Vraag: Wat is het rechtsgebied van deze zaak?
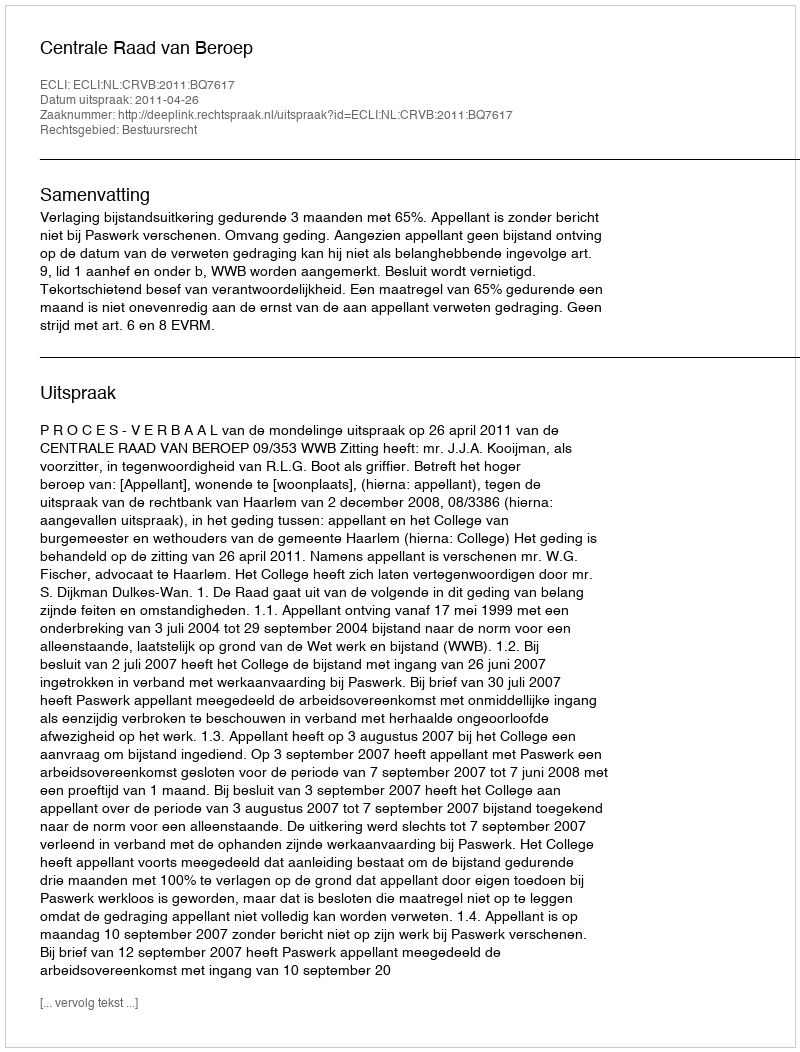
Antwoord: Bestuursrecht